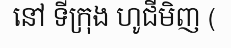
នៅ ទីក្រុង ហូជីមិញ (